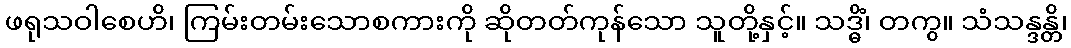
ဖရုသဝါစေဟိ၊ ကြမ်းတမ်းသောစကားကို ဆိုတတ်ကုန်သော သူတို့နှင့်။ သဒ္ဓိံ၊ တကွ။ သံသန္ဒန္တိ၊